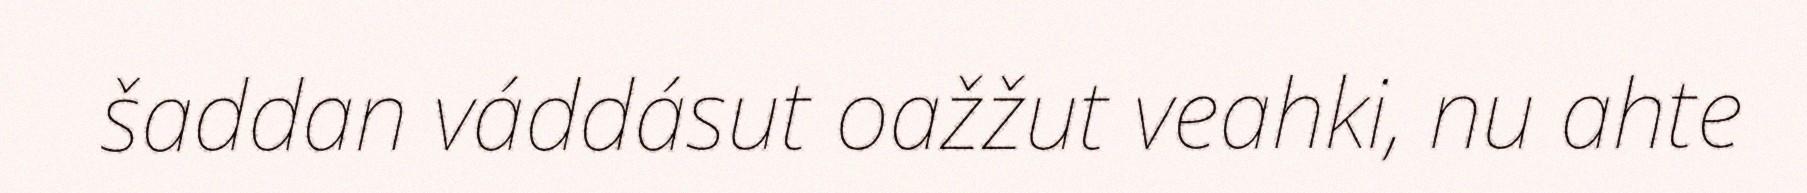
šaddan váddásut oažžut veahki, nu ahte